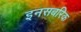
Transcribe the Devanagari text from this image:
इनसबरिक